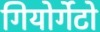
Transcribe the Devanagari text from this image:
गियोर्गेटो